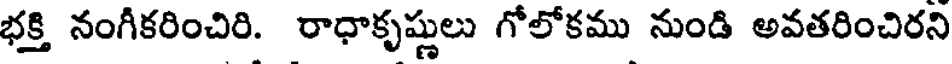
భక్తి నంగీకరించిరి. రాధాకృష్ణులు గోలోకము నుండి అవతరించిరని